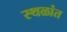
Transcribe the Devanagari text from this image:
स्थळांत